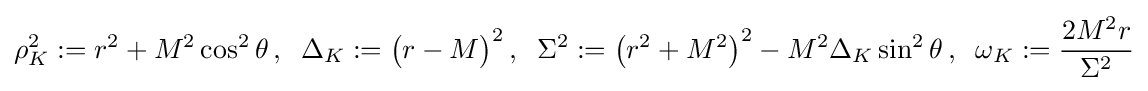
\rho _{K}^{2}:=r^{2}+M^{2}\cos ^{2}\theta \,,\;\;\Delta _{K}:={\big (}r-M{\big )}^{2}\,,\;\;\Sigma ^{2}:={\big (}r^{2}+M^{2}{\big )}^{2}-M^{2}\Delta _{K}\sin ^{2}\theta \,,\;\;\omega _{K}:={\frac {2M^{2}r}{\Sigma ^{2}}}